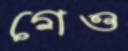
গেও